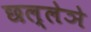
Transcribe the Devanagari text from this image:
छल्लेञे